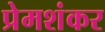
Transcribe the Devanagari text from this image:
प्रेमशंकर